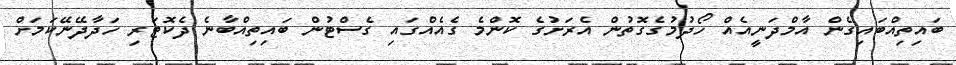
ބައިތިއްބައިގެން އާމްދަނީއެއް ހޯދުމުގެގޮތުން އެރަށުގެ ކޮންމެ ގެއެއްގައި ގެސްޓުން ބައިތިއްބާނެ ދެކޮޓަރި ހަދާދޭނޭކަމަށް